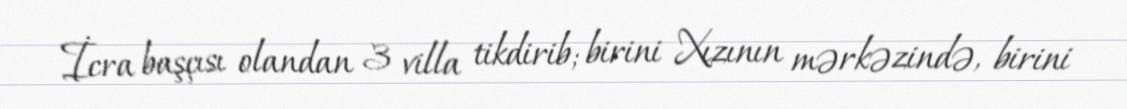
İcra başçısı olandan 3 villa tikdirib; birini Xızının mərkəzində, birini